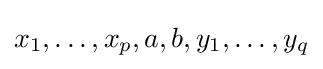
x_{1},\ldots ,x_{p},a,b,y_{1},\ldots ,y_{q}